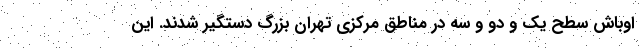
اوباش سطح یک و دو و سه در مناطق مرکزی تهران بزرگ دستگیر شدند. این